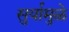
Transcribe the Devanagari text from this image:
सुर्यामुळे